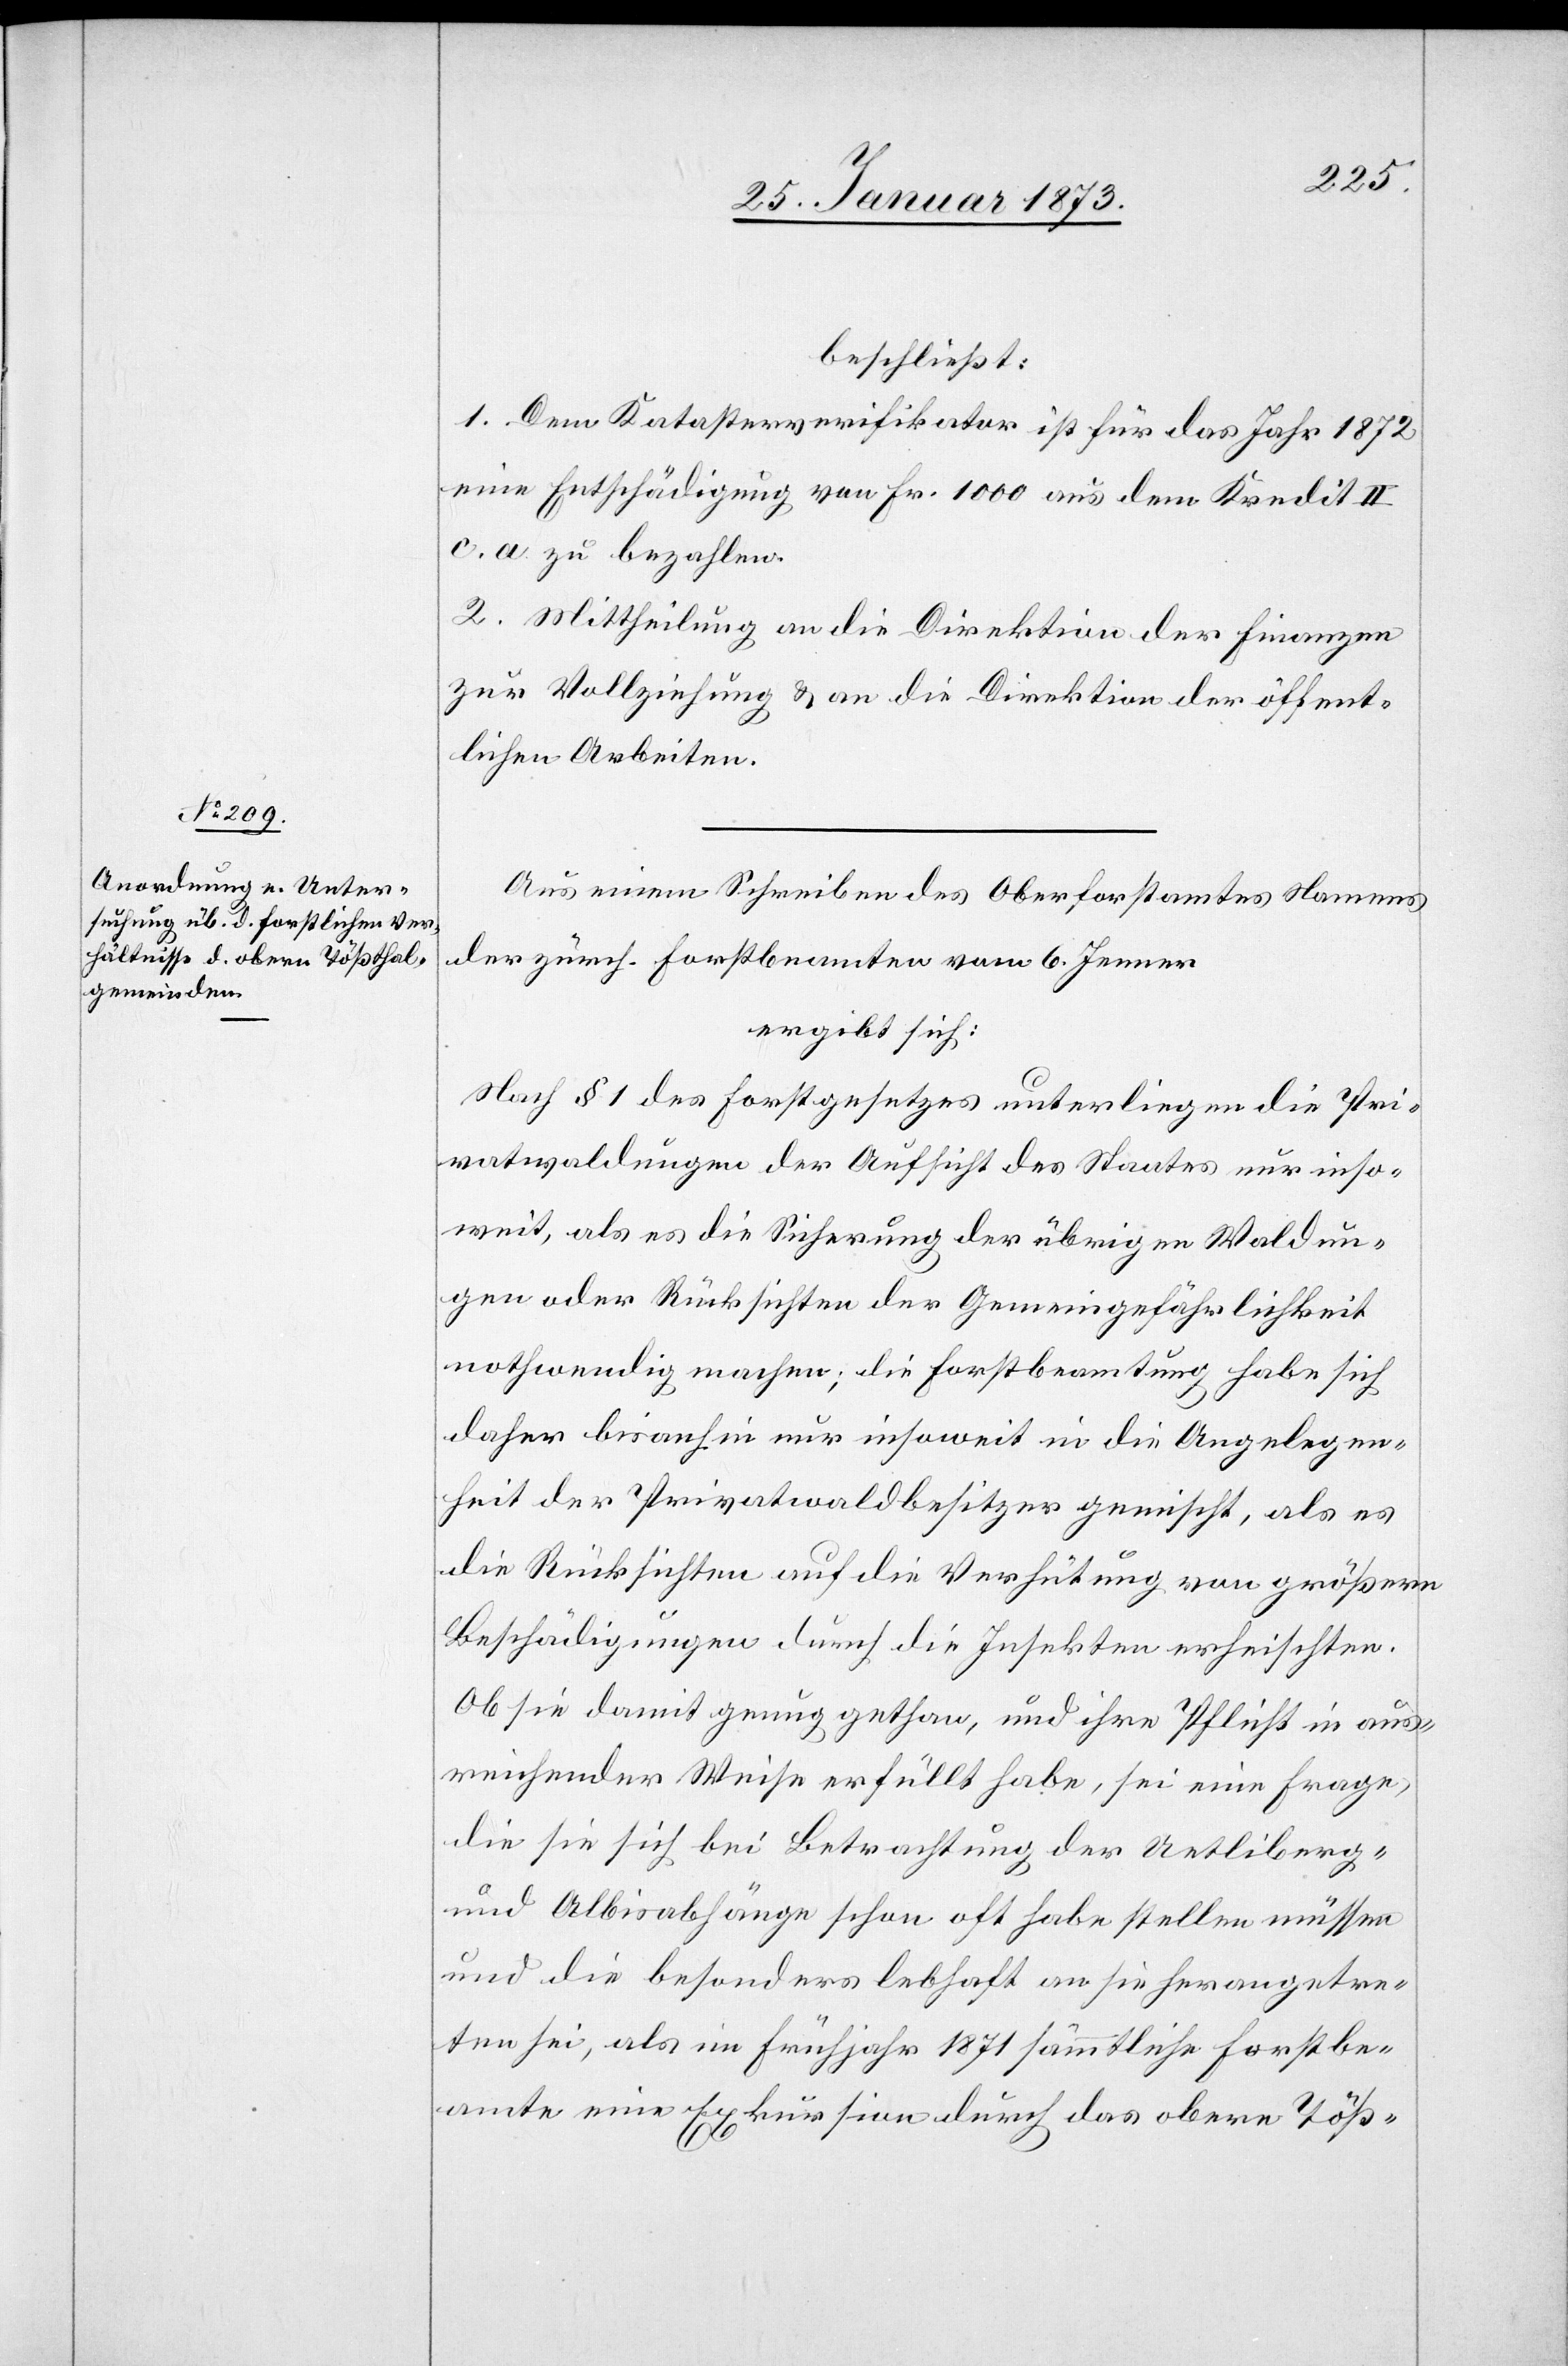
beschließt:
1. Dem Katasterverifikator ist für das Jahr 1872
eine Entschädigung von Fr. 1000 aus dem Kredit II
c. a. zu bezahlen.
2. Mittheilung an die Direktion der Finanzen
zur Vollziehung u. an die Direktion der öffent¬
lichen Arbeiten.
Aus einem Schreiben des Oberforstamtes Namens
der zürch. Forstbeamten vom 6. Jenner
ergibt sich:
Nach § 1 des Forstgesetzes unterliegen die Pri¬
vatwaldungen der Aufsicht des Staates nur inso¬
weit, als es die Sicherung der übrigen Waldun¬
gen oder Rücksichten der Gemeingefährlichkeit
nothwendig machen; die Forstbeamtung habe sich
daher bis anhin nur insoweit in die Angelegen¬
heit der Privatwaldbesitzer gemischt, als es
die Rücksichten auf die Verhütung von größern
Beschädigungen durch die Insekten erheischten.
Ob sie damit genug gethan, und ihre Pflicht in aus¬
reichender Weise erfüllt habe, sei eine Frage,
die sie sich bei Betrachtung der Uetliberg-
und Albisabhänge schon oft habe stellen müssen
und die besonders lebhaft an sie herangetre¬
ten sei, als im Frühjahr 1871 sämmtliche Forstbe¬
amte eine Exkursion durch das obere Töß-